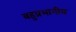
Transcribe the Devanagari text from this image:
बहुप्रभागीय